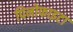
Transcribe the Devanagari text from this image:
पिनोफाइटा